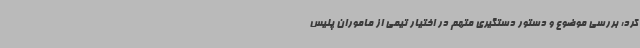
کرد: بررسی موضوع و دستور دستگیری متهم در اختیار تیمی از ماموران پلیس